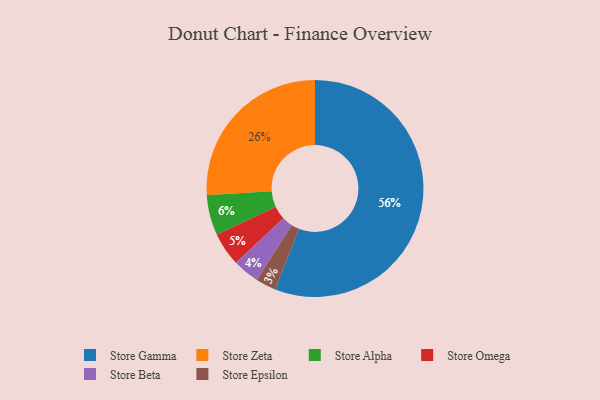
{"axis": {"x": "Category", "y": "Percentage"}, "legend": ["Store Alpha", "Store Beta", "Store Epsilon", "Store Gamma", "Store Omega", "Store Zeta"], "data": [{"x": "Store Alpha", "y": 6, "type": "Store Alpha"}, {"x": "Store Omega", "y": 5, "type": "Store Omega"}, {"x": "Store Zeta", "y": 26, "type": "Store Zeta"}, {"x": "Store Gamma", "y": 56, "type": "Store Gamma"}, {"x": "Store Beta", "y": 4, "type": "Store Beta"}, {"x": "Store Epsilon", "y": 3, "type": "Store Epsilon"}]}